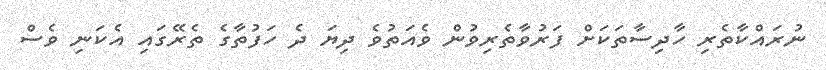
ނުރައްކާތެރި ހާދިސާތަކަށް ފަރުވާތެރިވުން ވެއަތުވެ ދިޔަ ދެ ހަފުތާގެ ތެރޭގައި އެކަނި ވެސް